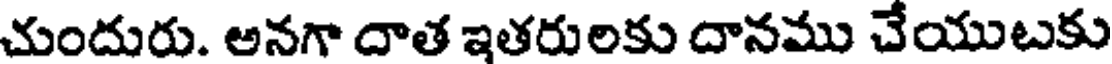
చుందురు. అనగా దాత ఇతరులకు దానము చేయుటకు